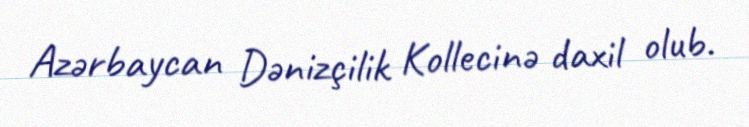
Azərbaycan Dənizçilik Kollecinə daxil olub.